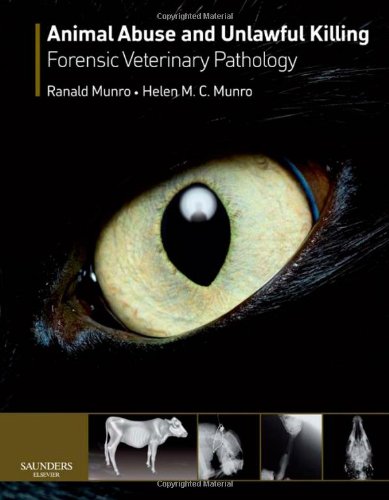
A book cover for Animal Abuse and Unlawful Killing: Forensic veterinary pathology, 1e; Ranald Munro BVMS  MSc  DVM  Dip Forensic Medicine  DipECVP  MRCVS; Medical Books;